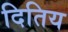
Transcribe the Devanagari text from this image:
दितिय